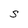
Character: S